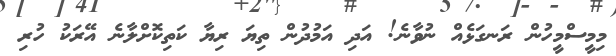
މިމީސްމީހުން ރަނގަޅެއް ނުވާނެ! އަދި އަމުދުން ތިޔަ ރިޔާ ކަތިކޮށްލާނެ އޭރަކު ހުރި